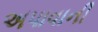
અપાવાની